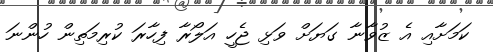
ކަމަށާއި އެ ޒުވާނާ ގަޔަށް ވަޅި ޖެހީ އަލޯރާ ފިހާރަ ކުރިމަތިން ހުންނަ